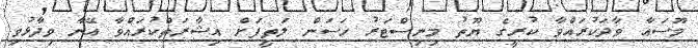
މޫސައާ ވާދަކުރައްވާ ކުރީގެ ޔޫތު މިނިސްޓަރު ހަސަން ލަތީފަށް އިޝާރަތްކުރައްވާ އޭނާ ވިދާޅުވި